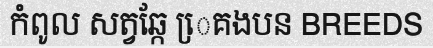
កំពូល សត្វឆ្កែ េ្រគងបន BREEDS